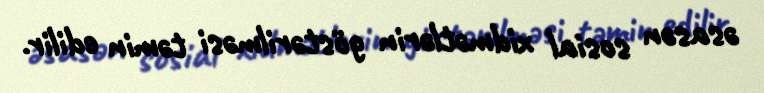
əsasən sosial xidmətlərin göstərilməsi təmin edilir.